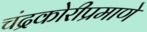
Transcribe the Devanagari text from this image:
चंद्रकोरीप्रमाणे